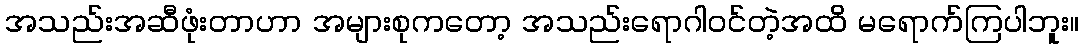
အသည်းအဆီဖုံးတာဟာ အများစုကတော့ အသည်းရောဂါဝင်တဲ့အထိ မရောက်ကြပါဘူး။